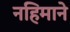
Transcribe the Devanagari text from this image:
नहिमाने